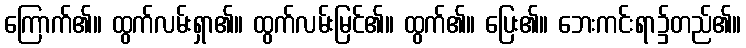
ကြောက်၏။ ထွက်လမ်းရှာ၏။ ထွက်လမ်းမြင်၏။ ထွက်၏။ ပြေး၏။ ဘေးကင်းရာ၌တည်၏။